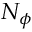
N _ { \phi }